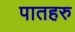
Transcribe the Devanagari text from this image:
पातहरु